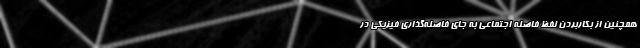
همچنین از بکاربردن لفظ فاصله اجتماعی به جای فاصله‌گذاری فیزیکی در